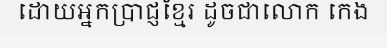
ដោយអ្នកប្រាជ្ញខ្មែរ ដូចជាលោក កេង